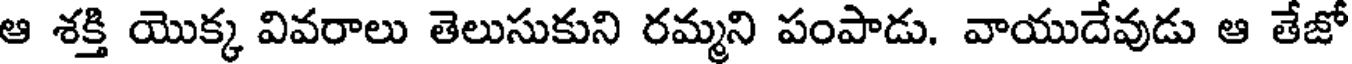
ఆ శక్తి యొక్క వివరాలు తెలుసుకుని రమ్మని పంపాడు. వాయుదేవుడు ఆ తేజో